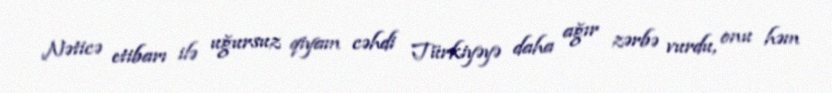
Nəticə etibarı ilə uğursuz qiyam cəhdi Türkiyəyə daha ağır zərbə vurdu, onu həm